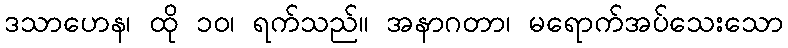
ဒသာဟေန၊ ထို ၁၀၊ ရက်သည်။ အနာဂတာ၊ မရောက်အပ်သေးသော